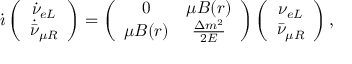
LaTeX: \dot { \imath } \left( \begin{array} { c } { { \dot { \nu } _ { e L } } } \\ { { \dot { \bar { \nu } } _ { \mu R } } } \end{array} \right) = \left( \begin{array} { c c } { { 0 } } & { { \mu B ( r ) } } \\ { { \mu B ( r ) } } & { { \frac { \Delta m ^ { 2 } } { 2 E } } } \end{array} \right) \left( \begin{array} { c } { { \nu _ { e L } } } \\ { { \bar { \nu } _ { \mu R } } } \end{array} \right) ,